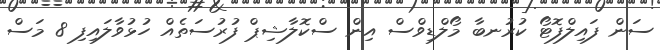
ސަން ފައިލްފޮޓޯ ކުރުނބާ މޯލްޑިވްސް އިން ސްކޮލާޝިޕް ފުރުސަތެއް ހުޅުވާލައިފި 8 މަސް